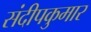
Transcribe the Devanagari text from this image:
संदीपकुमार